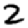
Digit: 2